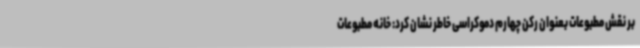
بر نقش مطبوعات بعنوان رکن چهارم دموکراسی خاطر نشان کرد: خانه مطبوعات